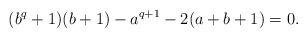
LaTeX: \begin{align*}(b^q+1)(b+1)-a^{q+1}-2(a+b+1)=0.\end{align*}